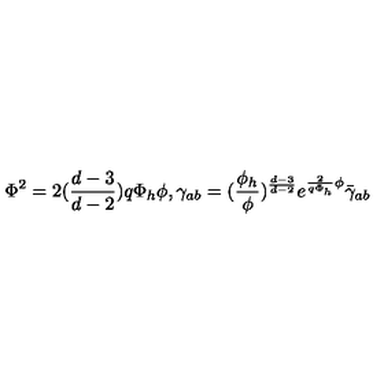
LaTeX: \Phi ^ { 2 } = 2 ( { \frac { d - 3 } { d - 2 } } ) q \Phi _ { h } \phi , \gamma _ { a b } = ( { \frac { \phi _ { h } } { \phi } } ) ^ { \frac { d - 3 } { d - 2 } } e ^ { { \frac { 2 } { q \Phi _ { h } } } \phi } \bar { \gamma } _ { a b } ~